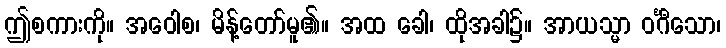
ဤစကားကို။ အဝေါစ၊ မိန့်တော်မူ၏။ အထ ခေါ၊ ထိုအခါ၌။ အာယသ္မာ ဝင်္ဂီသော၊